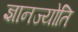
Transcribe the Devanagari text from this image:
ज्ञानज्योति